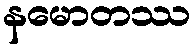
နမောတဿ